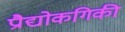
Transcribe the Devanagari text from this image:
प्रौद्योकगिकी